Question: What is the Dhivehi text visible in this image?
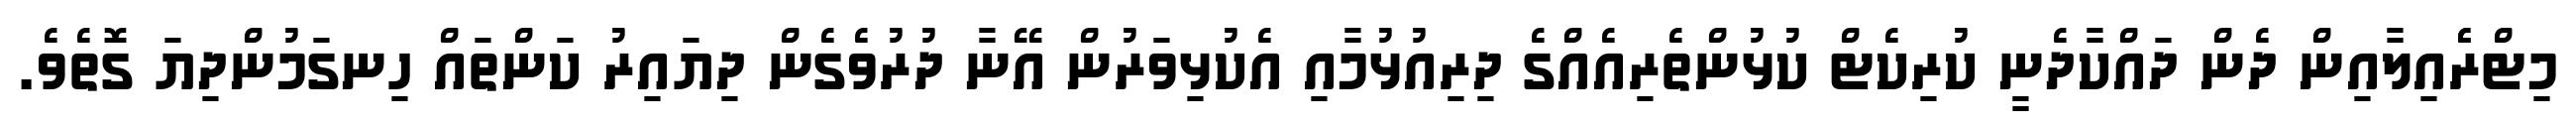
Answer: މިޓްރެެއިލާއިން ދެން ދައްކާދެނީ ކުރިކެޓް ކުޅުންތެރިއެއްގެ ދިރިއުޅުމާއި އެކުޅިވަރުން އޭނާ ދުރުވެގެން ދިޔައިރު ކަންތައް ހިނގަމުންދިޔަ ގޮތެވެ.